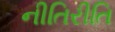
નીતિરીતિ